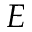
E